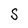
Character: S